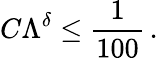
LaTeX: C\Lambda^{\delta}\leq\frac{1}{100}\, .